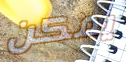
يمكن